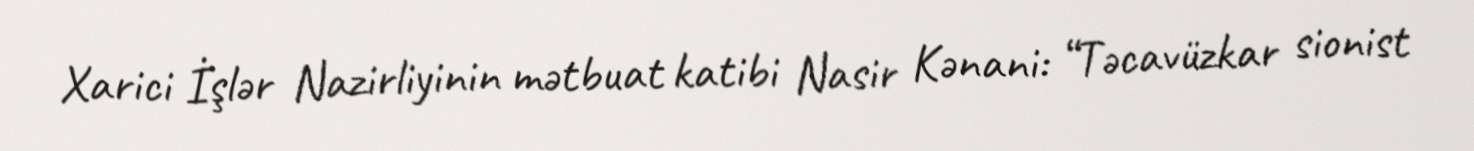
Xarici İşlər Nazirliyinin mətbuat katibi Nasir Kənani: “Təcavüzkar sionist